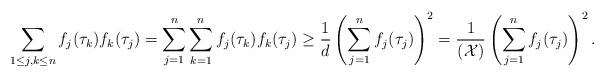
LaTeX: \begin{align*} \sum_{1\leq j, k \leq n}f_j(\tau_k)f_k(\tau_j)= \sum_{j=1}^n\sum_{k=1}^nf_j(\tau_k)f_k(\tau_j)\geq \frac{1}{d}\left(\sum_{j=1}^n f_j(\tau_j)\right)^2=\frac{1}{(\mathcal{X})}\left(\sum_{j=1}^n f_j(\tau_j)\right)^2. \end{align*}